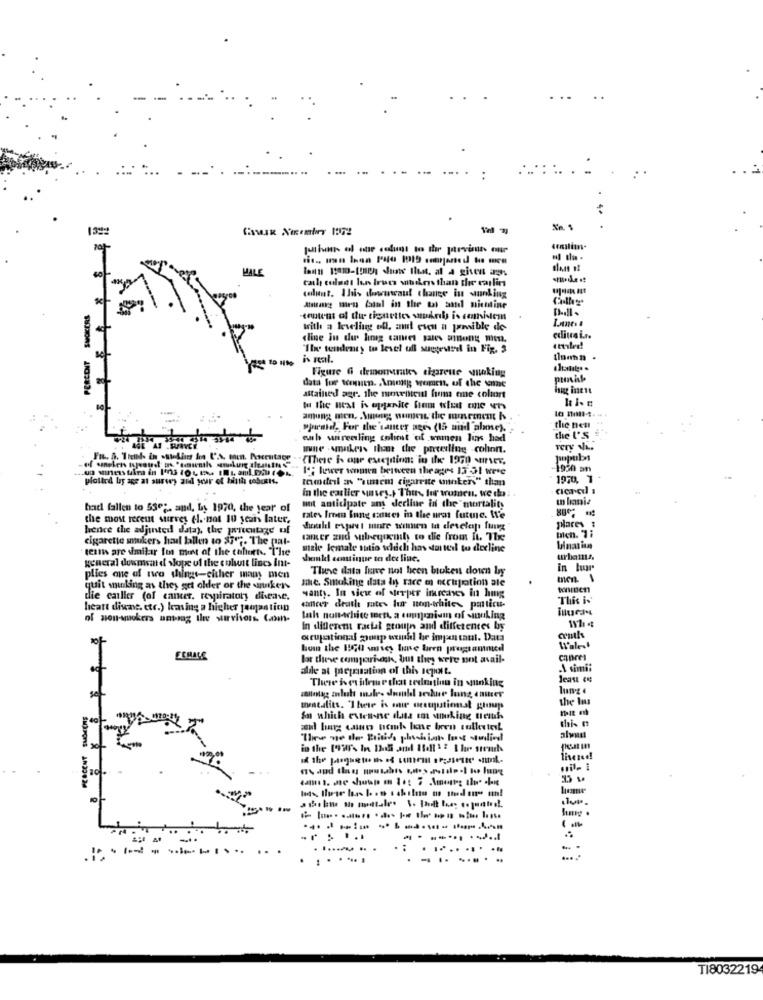
..... .
..
13%
MALE
cath culaet hon trucs situkers that the colin
telunt. Ihis downsaid change in unking
PERCENT SMOKERS
Atstang miras (atul in the tal aand mietitine
Bull-
with a levelinggg ofl, and even a penaible de
«line in du hing canset pares among mies.
edita i.r.
"Itre tendency to level ull suggested in Fig. 3
Figure G demorarates cigareue waking
data for women. Ammig women, of the wane
attained agr. the mowiteil hum eme colort
fu the Best is opjanite from wiet one vers
"pirate, For the'canter ages (15 and alme).
the nen
euh warenling colt of women lun had
the U'S
mne . smakers that the preeling colon.
very wh ..
IF lower women bettveen theages 13 31 were
1950 an
plotted by age at survey and your of birth robotis.
tamdri ans "umem cigarrate mokers" than
1970, 1
acaval ,
in the earlier unvey.) Thus for women, we do :
w lamia
had fallen to 530 ;, and, by 1970, the year of
mot anticipate any decline in the mortality
the most recent survey (l. not 10 years later,
rates from lung cancer in the ures futme. We
hence the adjinted data), the percentage of
places
cigarette sukers hal ballen to 37"". The pat-
tancer zud subsequently to die from It. Tx
tests are similar to ment of the cafort. The
male female sutio which has started to decline
general dowmsand sope of the colust lines Imt-
should continue to dee line.
urbains.
Theve data have not been broken down by
in hur
plies one of two things-either many men
me. Smoking data In race e occupation ale
men
quit smoking as they get older or the wankers
wanty. In sick of werper imreises in hmg
wonien
die cailler (of cancer, respiratory disease.
This is
heatt diune. etc.) kansing a higher jaopastion
cancer death mtes fur non-white- particu-
of non-smokers untoag the survivors Con-
lah non-wchice sett, a communism of inuking
In different racial group and differences by
ocupational goup would be impon tant. Data
bom the BIGit over time biren programnice
Wales
ECHALE
lot theve comporisash, but they were not avail-
canres
alle at petrusation of this Isit.
A simii
There is cuideme dot tedmatin in sunking
the las
mentalits. "There is one occupational groups
In which esten-ne cita en working theiths
this ₥
PERCENT
find
wil- 1
-------------
.r. ...
-------..
. :
.------
......
-.......
...
T18032219